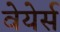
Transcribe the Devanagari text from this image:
वेयेर्स